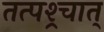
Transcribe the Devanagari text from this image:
तत्पश्र्चात्